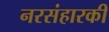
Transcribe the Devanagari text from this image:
नरसंहारकी